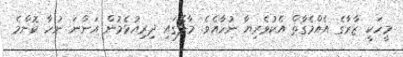
މީހަކީ ޒާރާގެ އެއްމެގާތް އެކުވެރިޔާ ނުހާއެވެ. މާލޭގައި ދިރިއުޅެމުން އަންނަ ނުހާ ކޮންމެ